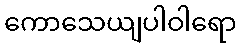
ကောသေယျပါဝါရော